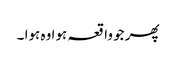
پھر جو واقعہ ہوا وہ ہوا ۔